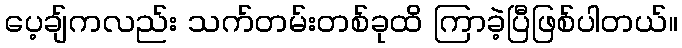
ပေ့ချ်ကလည်း သက်တမ်းတစ်ခုထိ ကြာခဲ့ပြီဖြစ်ပါတယ်။